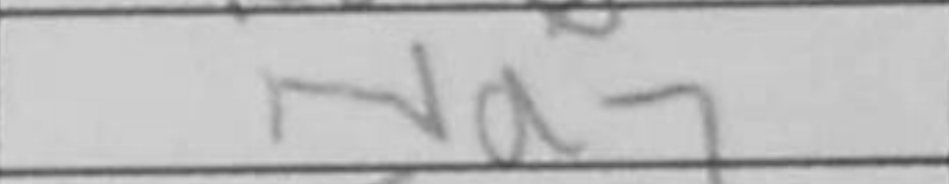
Transcription: Nd7